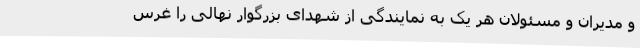
و مدیران و مسئولان هر یک به نمایندگی از شهدای بزرگوار نهالی را غرس